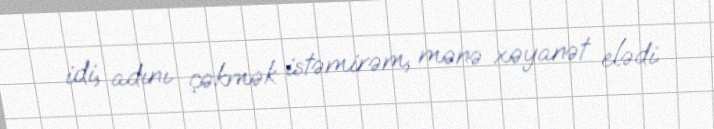
idi, adını çəkmək istəmirəm, mənə xəyanət elədi.